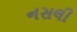
નસલી